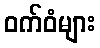
ဝက်ဝံများ